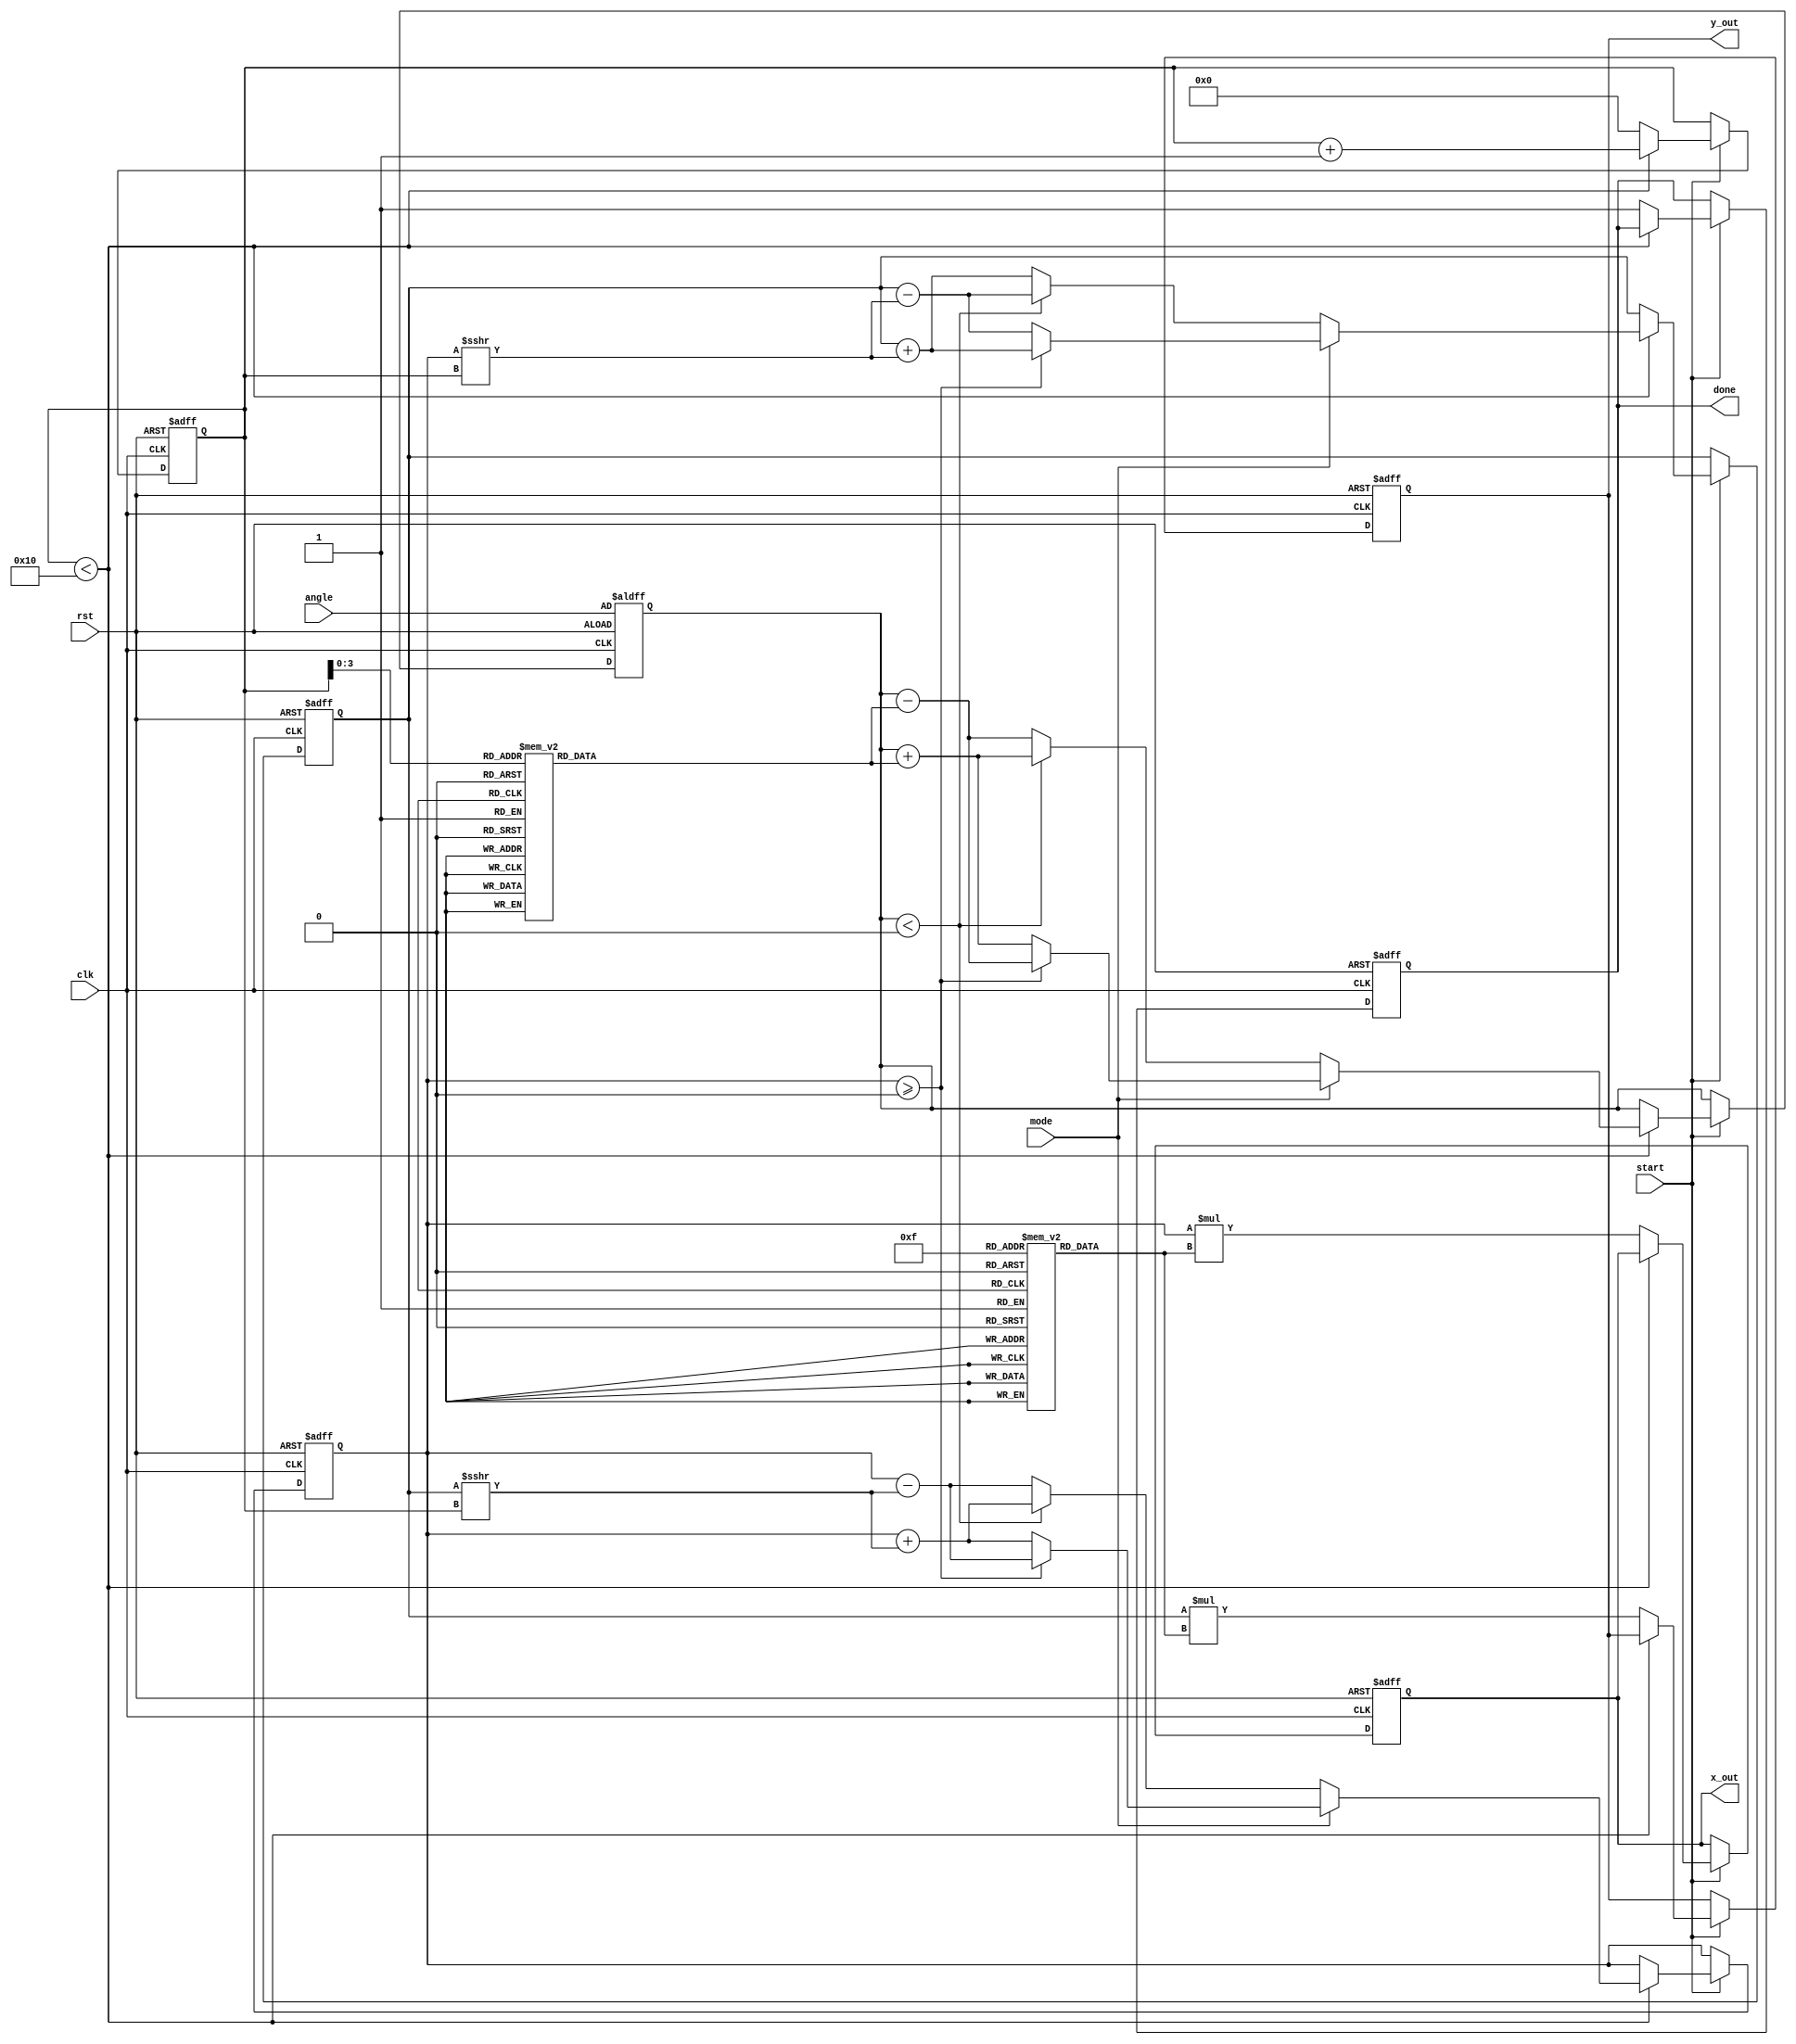
module cordic #(
    parameter DATA_WIDTH = 16,         // Fixed-point representation width
    parameter ITERATIONS = 16          // Number of iterations for CORDIC
)(
    input wire clk,                    // Clock signal
    input wire rst,                    // Reset signal
    input wire [DATA_WIDTH-1:0] angle, // Input angle in radians
    input wire mode,                   // Mode selector (0: rotation, 1: vectoring)
    input wire start,                  // Start signal
    output reg [DATA_WIDTH-1:0] x_out, // Output x (cosine or x coordinate)
    output reg [DATA_WIDTH-1:0] y_out, // Output y (sine or y coordinate)
    output reg done                    // Done signal
);

    // Internal registers
    reg [DATA_WIDTH-1:0] x, y, z;      // Registers for x, y, z values
    reg [4:0] iteration;                // Iteration counter

    // Lookup tables (can be defined based on desired angle precision)
    reg [DATA_WIDTH-1:0] angle_table[0:ITERATIONS-1];
    reg [DATA_WIDTH-1:0] scaling_table[0:ITERATIONS-1];

    initial begin
        // Initialize angle and scaling factor tables (example values)
        angle_table[0] = 16'h3243; // atan(2^0) in fixed point
        angle_table[1] = 16'h1DAC; // atan(2^-1)
        angle_table[2] = 16'h0FB3; // atan(2^-2)
        angle_table[3] = 16'h05C3; // atan(2^-3)
        angle_table[4] = 16'h0141; // atan(2^-4)
        angle_table[5] = 16'h0068; // atan(2^-5)
        angle_table[6] = 16'h001A; // atan(2^-6)
        angle_table[7] = 16'h000A; // atan(2^-7)
        angle_table[8] = 16'h0004; // atan(2^-8)
        angle_table[9] = 16'h0002; // atan(2^-9)
        angle_table[10] = 16'h0001; // atan(2^-10)
        angle_table[11] = 16'h0001; // atan(2^-11)
        angle_table[12] = 16'h0000; // atan(2^-12)
        angle_table[13] = 16'h0000; // atan(2^-13)
        angle_table[14] = 16'h0000; // atan(2^-14)
        angle_table[15] = 16'h0000; // atan(2^-15)

        // Initialize scaling factors (example values)
        scaling_table[0] = 16'h1FFF; // 1/sqrt(1 + 2^0)
        scaling_table[1] = 16'h1FFF; // 1/sqrt(1 + 2^-1)
        scaling_table[2] = 16'h1FFF; // 1/sqrt(1 + 2^-2)
        scaling_table[3] = 16'h1FFF; // 1/sqrt(1 + 2^-3)
        scaling_table[4] = 16'h1FFF; // 1/sqrt(1 + 2^-4)
        scaling_table[5] = 16'h1FFF; // 1/sqrt(1 + 2^-5)
        scaling_table[6] = 16'h1FFF; // 1/sqrt(1 + 2^-6)
        scaling_table[7] = 16'h1FFF; // 1/sqrt(1 + 2^-7)
        scaling_table[8] = 16'h1FFF; // 1/sqrt(1 + 2^-8)
        scaling_table[9] = 16'h1FFF; // 1/sqrt(1 + 2^-9)
        scaling_table[10] = 16'h1FFF; // 1/sqrt(1 + 2^-10)
        scaling_table[11] = 16'h1FFF; // 1/sqrt(1 + 2^-11)
        scaling_table[12] = 16'h1FFF; // 1/sqrt(1 + 2^-12)
        scaling_table[13] = 16'h1FFF; // 1/sqrt(1 + 2^-13)
        scaling_table[14] = 16'h1FFF; // 1/sqrt(1 + 2^-14)
        scaling_table[15] = 16'h1FFF; // 1/sqrt(1 + 2^-15)
    end

    // CORDIC process
    always @(posedge clk or posedge rst) begin
        if (rst) begin
            x <= 16'h0001; // Start with (1, 0)
            y <= 16'h0000;
            z <= angle;   // Load angle
            iteration <= 5'b00000; // Reset iteration
            done <= 1'b0; // Reset done signal
            x_out <= 16'h0000;
            y_out <= 16'h0000;
        end else if (start) begin
            if (iteration < ITERATIONS) begin
                // Calculate next iteration values
                if (mode == 1'b0) begin // Rotation mode
                    if (z < 0) begin
                        z <= z + angle_table[iteration]; // Counter-clockwise
                        x <= x + (y >>> iteration);
                        y <= y - (x >>> iteration);
                    end else begin
                        z <= z - angle_table[iteration]; // Clockwise
                        x <= x - (y >>> iteration);
                        y <= y + (x >>> iteration);
                    end
                end else begin // Vectoring mode
                    if (x >= 0) begin
                        z <= z - angle_table[iteration]; // Clockwise
                        x <= x - (y >>> iteration);
                        y <= y + (x >>> iteration);
                    end else begin
                        z <= z + angle_table[iteration]; // Counter-clockwise
                        x <= x + (y >>> iteration);
                        y <= y - (x >>> iteration);
                    end
                end
                
                iteration <= iteration + 1; // Increment iteration
            end else begin
                // Apply scaling factor after iterations
                x_out <= x * scaling_table[ITERATIONS-1]; // Adjust output
                y_out <= y * scaling_table[ITERATIONS-1];
                done <= 1'b1; // Indicate done
                iteration <= 0; // Reset for next calculation
            end
        end
    end
endmodule